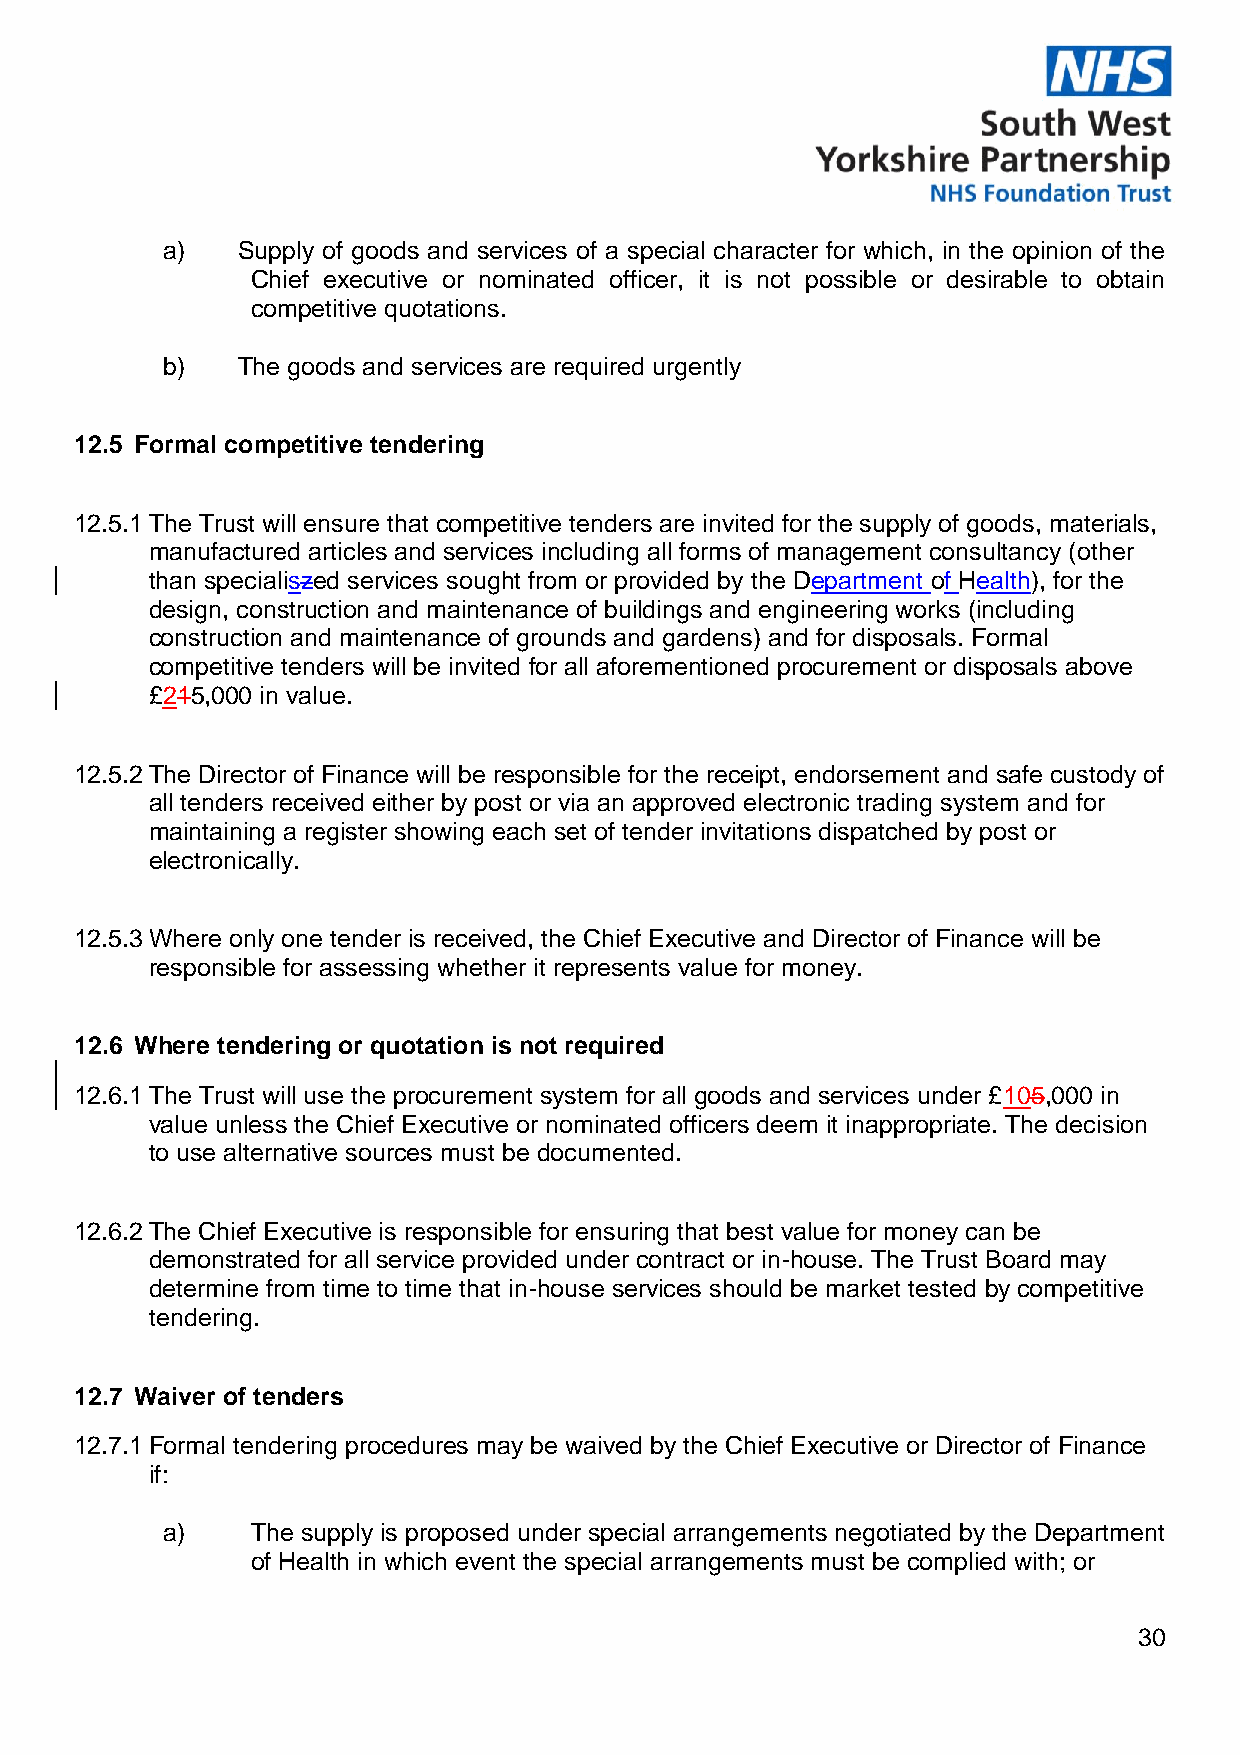
a)   Supply of goods and services of a special character for which, in the opinion of the
 Chief executive or nominated officer, it is not possible or desirable to obtain
 competitive quotations.
 b)   The goods and services are required urgently
 12.5 Formal competitive tendering
 12.5.1 The Trust will ensure that competitive tenders are invited for the supply of goods, materials,
 manufactured articles and services including all forms of management consultancy (other
 than specialiszed services sought from or provided by the Department of Health), for the
 design, construction and maintenance of buildings and engineering works (including
 construction and maintenance of grounds and gardens) and for disposals. Formal
 competitive tenders will be invited for all aforementioned procurement or disposals above
 £215,000 in value.
 12.5.2 The Director of Finance will be responsible for the receipt, endorsement and safe custody of
 all tenders received either by post or via an approved electronic trading system and for
 maintaining a register showing each set of tender invitations dispatched by post or
 electronically.
 12.5.3 Where only one tender is received, the Chief Executive and Director of Finance will be
 responsible for assessing whether it represents value for money.
 12.6 Where tendering or quotation is not required
 12.6.1 The Trust will use the procurement system for all goods and services under £105,000 in
 value unless the Chief Executive or nominated officers deem it inappropriate. The decision
 to use alternative sources must be documented.
 12.6.2 The Chief Executive is responsible for ensuring that best value for money can be
 demonstrated for all service provided under contract or in-house. The Trust Board may
 determine from time to time that in-house services should be market tested by competitive
 tendering.
 12.7 Waiver of tenders
 12.7.1 Formal tendering procedures may be waived by the Chief Executive or Director of Finance
 if:
 a)    The supply is proposed under special arrangements negotiated by the Department
 of Health in which event the special arrangements must be complied with; or
 30